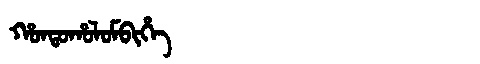
Manchu: ᡥᠣᠨᡨᠣᡥᠣᠯᠣᠮᠪᡳᡥᡝ
Romanization: HONTOHOLOMBIHE